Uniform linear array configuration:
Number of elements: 48
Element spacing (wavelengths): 0.5
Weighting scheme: hamming
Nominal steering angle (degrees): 45
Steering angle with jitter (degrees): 46.39
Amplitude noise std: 0.05
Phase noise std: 0.05

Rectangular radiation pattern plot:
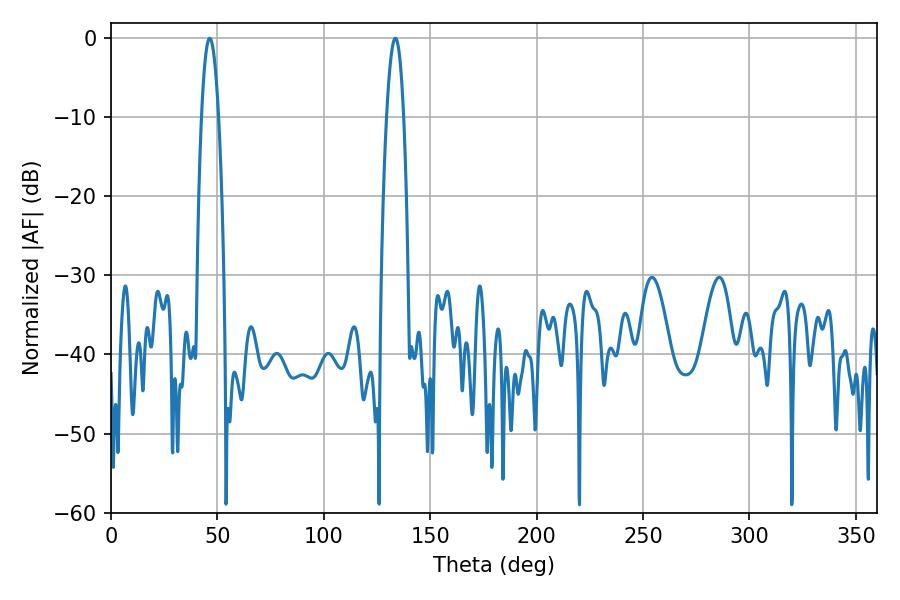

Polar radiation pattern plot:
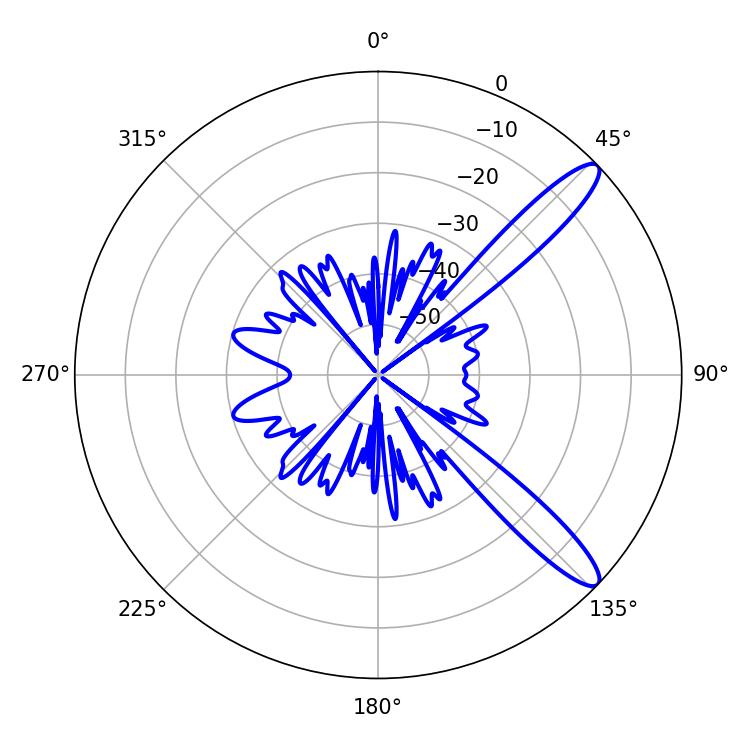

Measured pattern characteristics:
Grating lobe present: FALSE
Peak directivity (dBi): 12.193
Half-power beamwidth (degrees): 4.32
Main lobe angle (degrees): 46.44